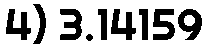
4) 3.14159